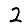
Digit: 2